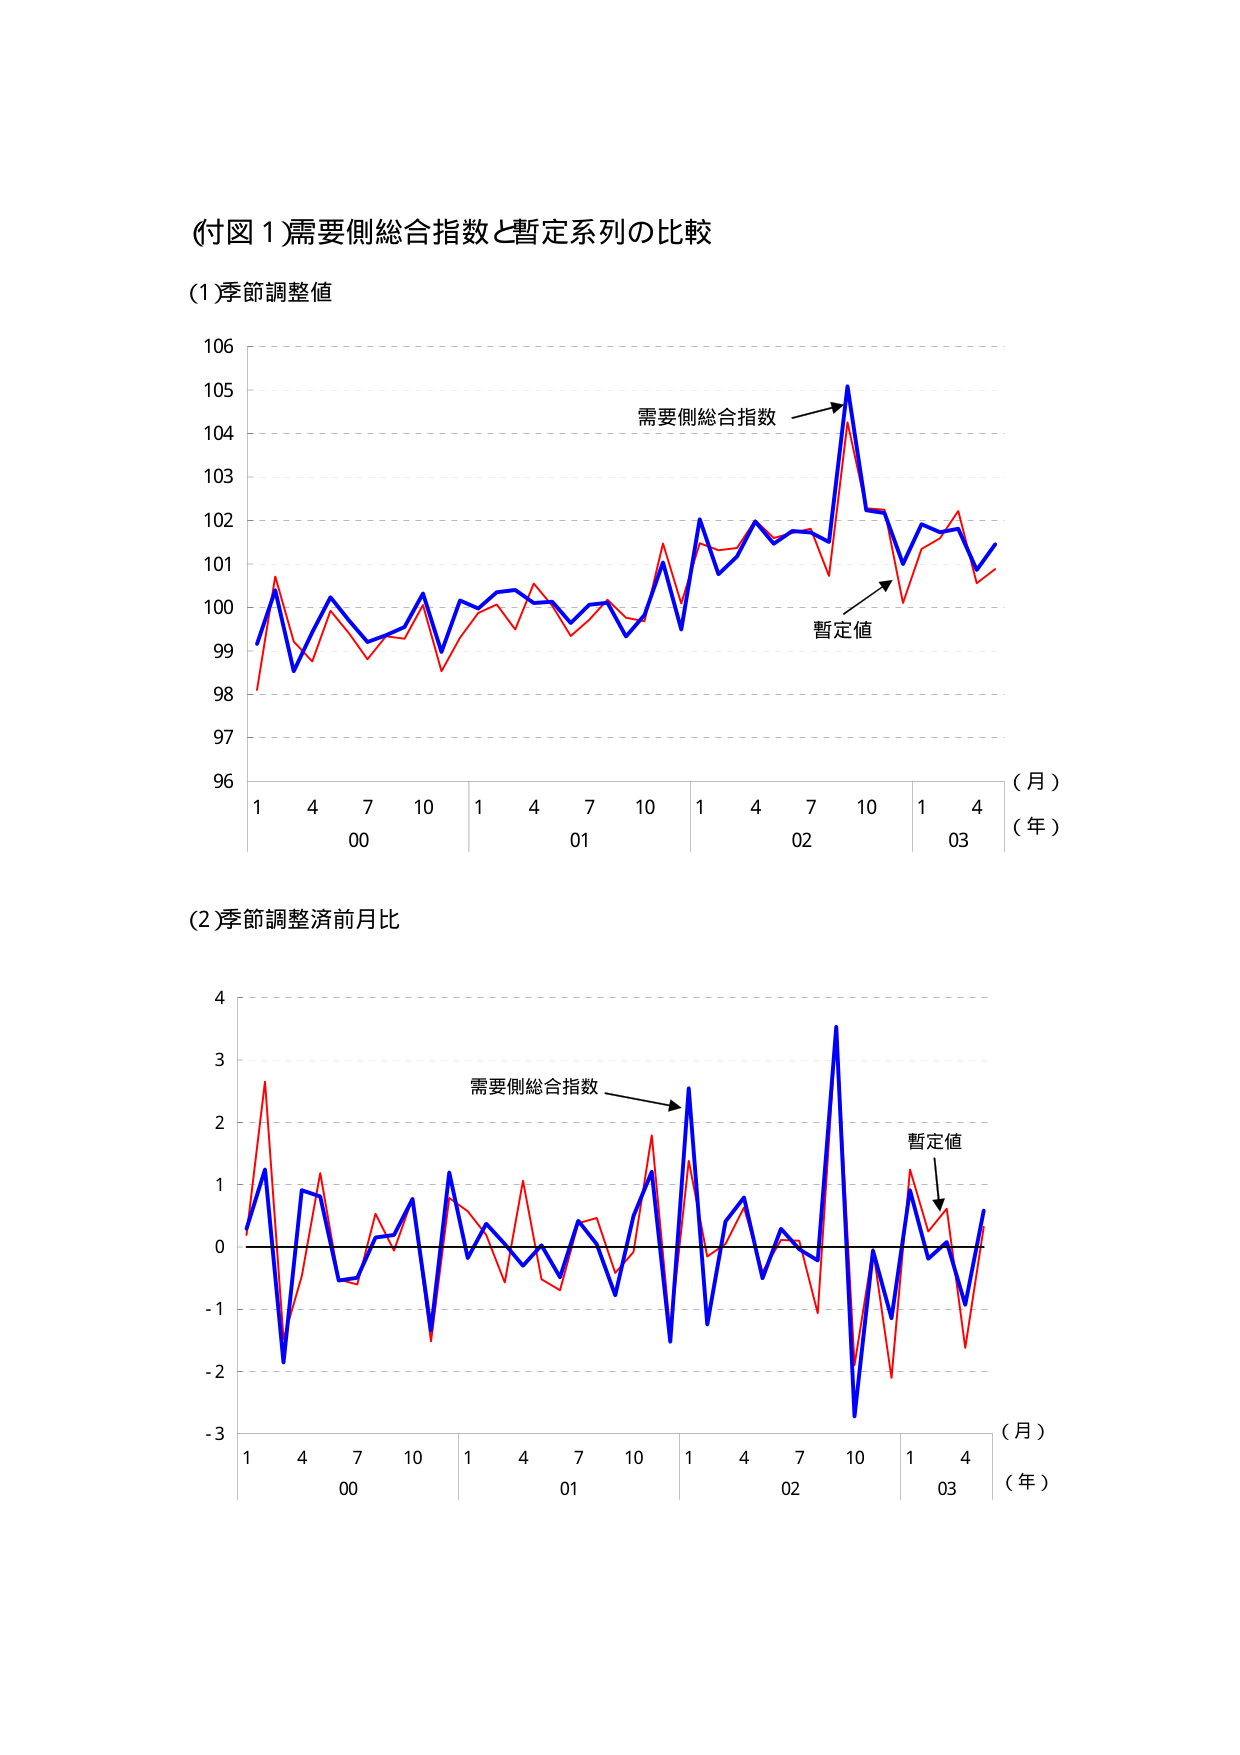
(付図1)需要側総合指数と暫定系列の比較

(1)季節調整値

106
105
104
103
102
101
100
99
98
97
96

1 4 7 10 1 4 7 10 1 4 7 10 1 4
00 01 02 03
(月)
(年)

需要側総合指数
暫定値

(2)季節調整済前月比

4
3
2
1
0
-1
-2
-3

1 4 7 10 1 4 7 10 1 4 7 10 1 4
00 01 02 03
(月)
(年)

需要側総合指数
暫定値